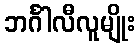
ဘင်္ဂါလီလူမျိုး